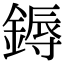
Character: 鎒